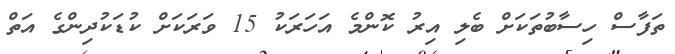
ތަފާސް ހިސާބުތަކަށް ބެލި އިރު ކޮންމެ އަހަރަކު 15 ވަރަކަށް ކުޑަކުދިންގެ އަތް